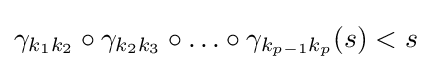
\gamma _{k_{1}k_{2}}\circ \gamma _{k_{2}k_{3}}\circ \ldots \circ \gamma _{k_{p-1}k_{p}}(s)<s